Vaccine operations Central Provinces & Berar 1912-1920 - 1912-1920
Year: 1912
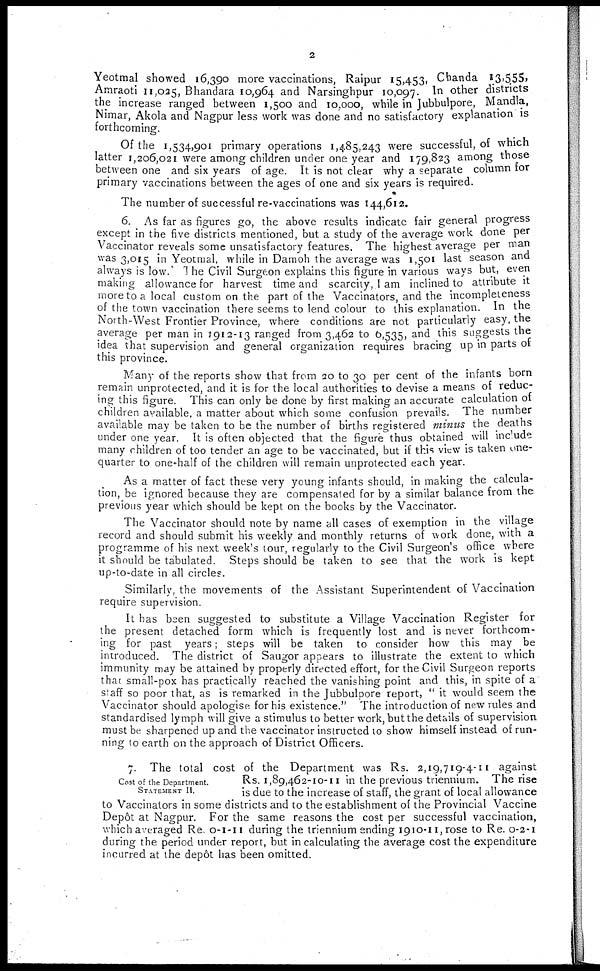
2
Yeotmal showed 16,390 more vaccinations, Raipur 15,453, Chanda 13,555,
Amraoti 11,025, Bhandara 10,964 and Narsinghpur 10,097. In other districts
the increase ranged between 1,500 and 10,000, while in Jubbulpore, Mandla,
Nimar, Akola and Nagpur less work was done and no satisfactory explanation is
forthcoming.
Of the 1,534,901 primary operations 1,485,243 were successful, of which
latter 1,206,021 were among children under one year and 179,823 among those
between one and six years of age. It is not clear why a separate column for
primary vaccinations between the ages of one and six years is required.
The number of successful re-vaccinations was 144,612.
6. As far as figures go, the above results indicate fair general progress
except in the five districts mentioned, but a study of the average work done per
Vaccinator reveals some unsatisfactory features. The highest average per man
was 3,015 in Yeotmal, while in Damoh the average was 1,501 last season and
always is low. The Civil Surgeon explains this figure in various ways but, even
making allowance for harvest time and scarcity, I am inclined to attribute it
more to a local custom on the part of the Vaccinators, and the incompleteness
of the town vaccination there seems to lend colour to this explanation. In the
North-West Frontier Province, where conditions are not particularly easy, the
average per man in 1912-13 ranged from 3,462 to 6,535, and this suggests the
idea that supervision and general organization requires bracing up in parts of
this province.
Many of the reports show that from 20 to 30 per cent of the infants born
remain unprotected, and it is for the local authorities to devise a means of reduc-
ing this figure. This can only be done by first making an accurate calculation of
children available, a matter about which some confusion prevails. The number
available may be taken to be the number of births registered minus the deaths
under one year. It is often objected that the figure thus obtained will include
many children of too tender an age to be vaccinated, but if this view is taken one-
quarter to one-half of the children will remain unprotected each year.
As a matter of fact these very young infants should, in making the calcula-
tion, be ignored because they are compensated for by a similar balance from the
previous year which should be kept on the books by the Vaccinator.
The Vaccinator should note by name all cases of exemption in the village
record and should submit his weekly and monthly returns of work done, with a
programme of his next week's tour, regularly to the Civil Surgeon's office where
it should be tabulated. Steps should be taken to see that the work is kept
up-to-date in all circles.
Similarly, the movements of the Assistant Superintendent of Vaccination
require supervision.
It has been suggested to substitute a Village Vaccination Register for
the present detached form which is frequently lost and is never forthcom-
ing for past years; steps will be taken to consider how this may be
introduced. The district of Saugor appears to illustrate the extent to which
immunity may be attained by properly directed effort, for the Civil Surgeon reports
that small-pox has practically reached the vanishing point and this, in spite of a
staff so poor that, as is remarked in the Jubbulpore report, " it would seem the
Vaccinator should apologise for his existence." The introduction of new rules and
standardised lymph will give a stimulus to better work, but the details of supervision
must be sharpened up and the vaccinator instructed to show himself instead of run-
ning to earth on the approach of District Officers.
Cost of the Department.
STATEMENT II.
7. The total cost of the Department was Rs. 2,19,719-4-11 against
Rs. 1,89,462-10-11 in the previous triennium. The rise
is due to the increase of staff, the grant of local allowance
to Vaccinators in some districts and to the establishment of the Provincial Vaccine
Depôt at Nagpur. For the same reasons the cost per successful vaccination,
which averaged Re. 0-1-11 during the triennium ending 1910-11,rose to Re. 0-2-1
during the period under report, but in calculating the average cost the expenditure
incurred at the depôt has been omitted.